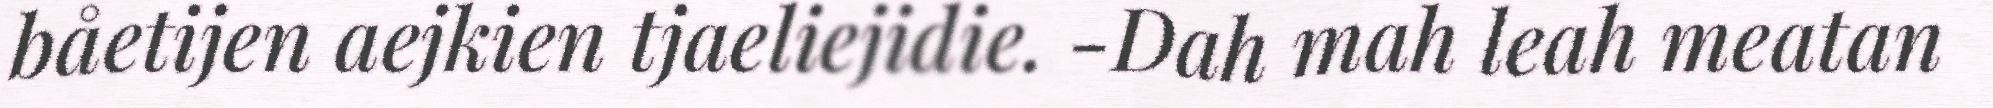
båetijen aejkien tjaeliejidie. -Dah mah leah meatan